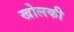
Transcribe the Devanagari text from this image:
खोलकी